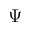
\Psi